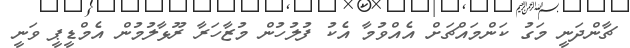
ޗާންދަނީ މަގު ކަންމައްޗަށް އެއްވުމާ އެކު ފުލުހުން މުޒާހަރާ ރޫޅާލުމުން އެމްޑީޕީ ވަނީ